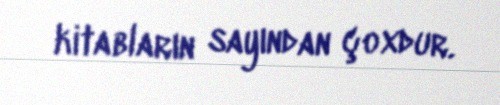
kitabların sayından çoxdur.